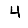
Digit: 4